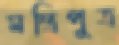
মন্ত্রিপুত্র